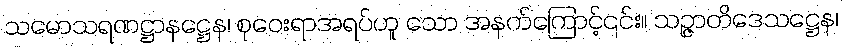
သမောသရဏဋ္ဌာနဋ္ဌေန၊ စုဝေးရာအရပ်ဟူ သော အနက်ကြောင့်၎င်း။ သဉ္ဇာတိဒေသဋ္ဌေန၊